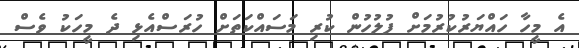
އެ މީހާ ހައްޔަރުކުރުމަށް ފުލުހުން ކުރި މަސައްކަތަށް ހުރަސްއެޅި ދެ މީހަކު ވެސް